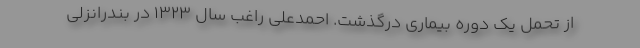
از تحمل یک‌ دوره بیماری درگذشت. احمدعلی راغب سال ۱۳۲۳ در بندرانزلی